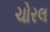
ચોરલ